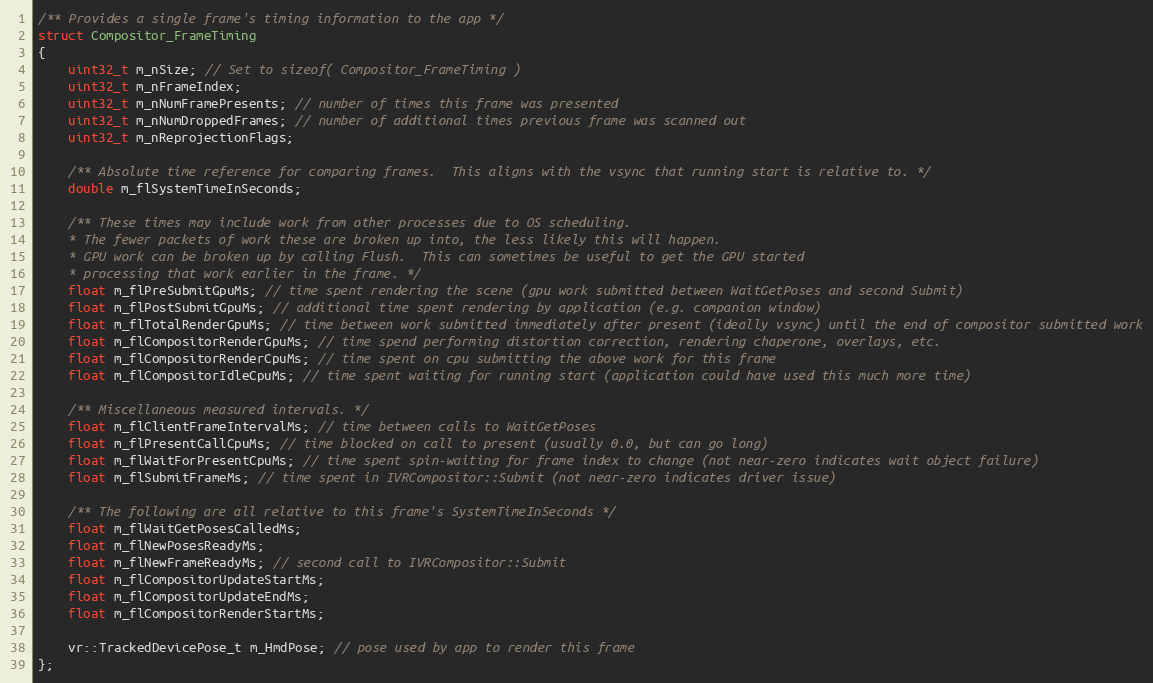
Language: C
/** Provides a single frame's timing information to the app */
struct Compositor_FrameTiming
{
	uint32_t m_nSize; // Set to sizeof( Compositor_FrameTiming )
	uint32_t m_nFrameIndex;
	uint32_t m_nNumFramePresents; // number of times this frame was presented
	uint32_t m_nNumDroppedFrames; // number of additional times previous frame was scanned out
	uint32_t m_nReprojectionFlags;

	/** Absolute time reference for comparing frames.  This aligns with the vsync that running start is relative to. */
	double m_flSystemTimeInSeconds;

	/** These times may include work from other processes due to OS scheduling.
	* The fewer packets of work these are broken up into, the less likely this will happen.
	* GPU work can be broken up by calling Flush.  This can sometimes be useful to get the GPU started
	* processing that work earlier in the frame. */
	float m_flPreSubmitGpuMs; // time spent rendering the scene (gpu work submitted between WaitGetPoses and second Submit)
	float m_flPostSubmitGpuMs; // additional time spent rendering by application (e.g. companion window)
	float m_flTotalRenderGpuMs; // time between work submitted immediately after present (ideally vsync) until the end of compositor submitted work
	float m_flCompositorRenderGpuMs; // time spend performing distortion correction, rendering chaperone, overlays, etc.
	float m_flCompositorRenderCpuMs; // time spent on cpu submitting the above work for this frame
	float m_flCompositorIdleCpuMs; // time spent waiting for running start (application could have used this much more time)

	/** Miscellaneous measured intervals. */
	float m_flClientFrameIntervalMs; // time between calls to WaitGetPoses
	float m_flPresentCallCpuMs; // time blocked on call to present (usually 0.0, but can go long)
	float m_flWaitForPresentCpuMs; // time spent spin-waiting for frame index to change (not near-zero indicates wait object failure)
	float m_flSubmitFrameMs; // time spent in IVRCompositor::Submit (not near-zero indicates driver issue)

	/** The following are all relative to this frame's SystemTimeInSeconds */
	float m_flWaitGetPosesCalledMs;
	float m_flNewPosesReadyMs;
	float m_flNewFrameReadyMs; // second call to IVRCompositor::Submit
	float m_flCompositorUpdateStartMs;
	float m_flCompositorUpdateEndMs;
	float m_flCompositorRenderStartMs;

	vr::TrackedDevicePose_t m_HmdPose; // pose used by app to render this frame
};